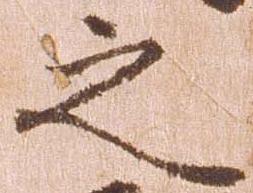
之